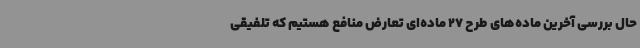
حال بررسی آخرین ماده‌های طرح 27 ماده‌ای تعارض منافع هستیم که تلفیقی